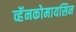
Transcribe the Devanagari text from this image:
व्हॅनकोमायसिन